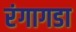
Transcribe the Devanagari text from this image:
रंगागडा